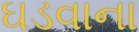
ઘડવાના